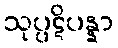
သုပ္ပဋိပန္နာ